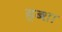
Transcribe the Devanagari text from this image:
हब्शा